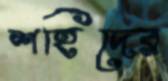
শহিদের